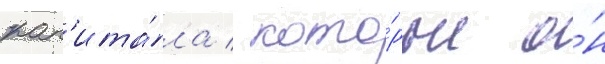
кап'ита́ла / кото́рые о́н